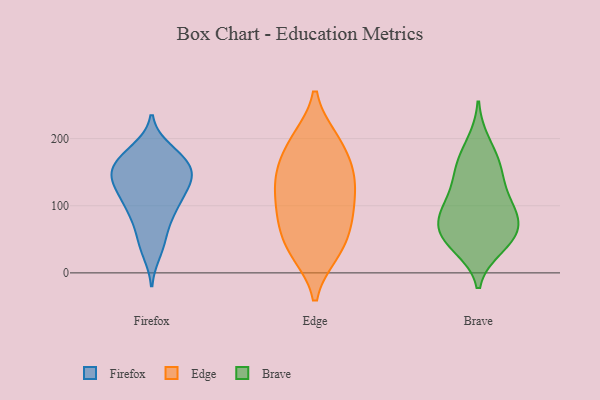
{"axis": {"x": "Shipments", "y": "Value"}, "legend": ["Brave", "Edge", "Firefox"], "data": [{"x": "", "y": 171, "type": "Firefox"}, {"x": "", "y": 152, "type": "Firefox"}, {"x": "", "y": 97, "type": "Firefox"}, {"x": "", "y": 169, "type": "Firefox"}, {"x": "", "y": 133, "type": "Firefox"}, {"x": "", "y": 43, "type": "Firefox"}, {"x": "", "y": 170, "type": "Firefox"}, {"x": "", "y": 84, "type": "Firefox"}, {"x": "", "y": 108, "type": "Firefox"}, {"x": "", "y": 142, "type": "Firefox"}, {"x": "", "y": 142, "type": "Firefox"}, {"x": "", "y": 183, "type": "Firefox"}, {"x": "", "y": 32, "type": "Firefox"}, {"x": "", "y": 134, "type": "Firefox"}, {"x": "", "y": 140, "type": "Firefox"}, {"x": "", "y": 173, "type": "Firefox"}, {"x": "", "y": 93, "type": "Firefox"}, {"x": "", "y": 109, "type": "Firefox"}, {"x": "", "y": 145, "type": "Firefox"}, {"x": "", "y": 58, "type": "Firefox"}, {"x": "", "y": 155, "type": "Edge"}, {"x": "", "y": 199, "type": "Edge"}, {"x": "", "y": 35, "type": "Edge"}, {"x": "", "y": 31, "type": "Edge"}, {"x": "", "y": 193, "type": "Edge"}, {"x": "", "y": 137, "type": "Edge"}, {"x": "", "y": 62, "type": "Edge"}, {"x": "", "y": 199, "type": "Edge"}, {"x": "", "y": 76, "type": "Edge"}, {"x": "", "y": 101, "type": "Edge"}, {"x": "", "y": 135, "type": "Edge"}, {"x": "", "y": 92, "type": "Edge"}, {"x": "", "y": 138, "type": "Edge"}, {"x": "", "y": 30, "type": "Edge"}, {"x": "", "y": 90, "type": "Edge"}, {"x": "", "y": 154, "type": "Edge"}, {"x": "", "y": 80, "type": "Brave"}, {"x": "", "y": 119, "type": "Brave"}, {"x": "", "y": 155, "type": "Brave"}, {"x": "", "y": 165, "type": "Brave"}, {"x": "", "y": 94, "type": "Brave"}, {"x": "", "y": 58, "type": "Brave"}, {"x": "", "y": 43, "type": "Brave"}, {"x": "", "y": 100, "type": "Brave"}, {"x": "", "y": 88, "type": "Brave"}, {"x": "", "y": 39, "type": "Brave"}, {"x": "", "y": 58, "type": "Brave"}, {"x": "", "y": 59, "type": "Brave"}, {"x": "", "y": 147, "type": "Brave"}, {"x": "", "y": 194, "type": "Brave"}]}